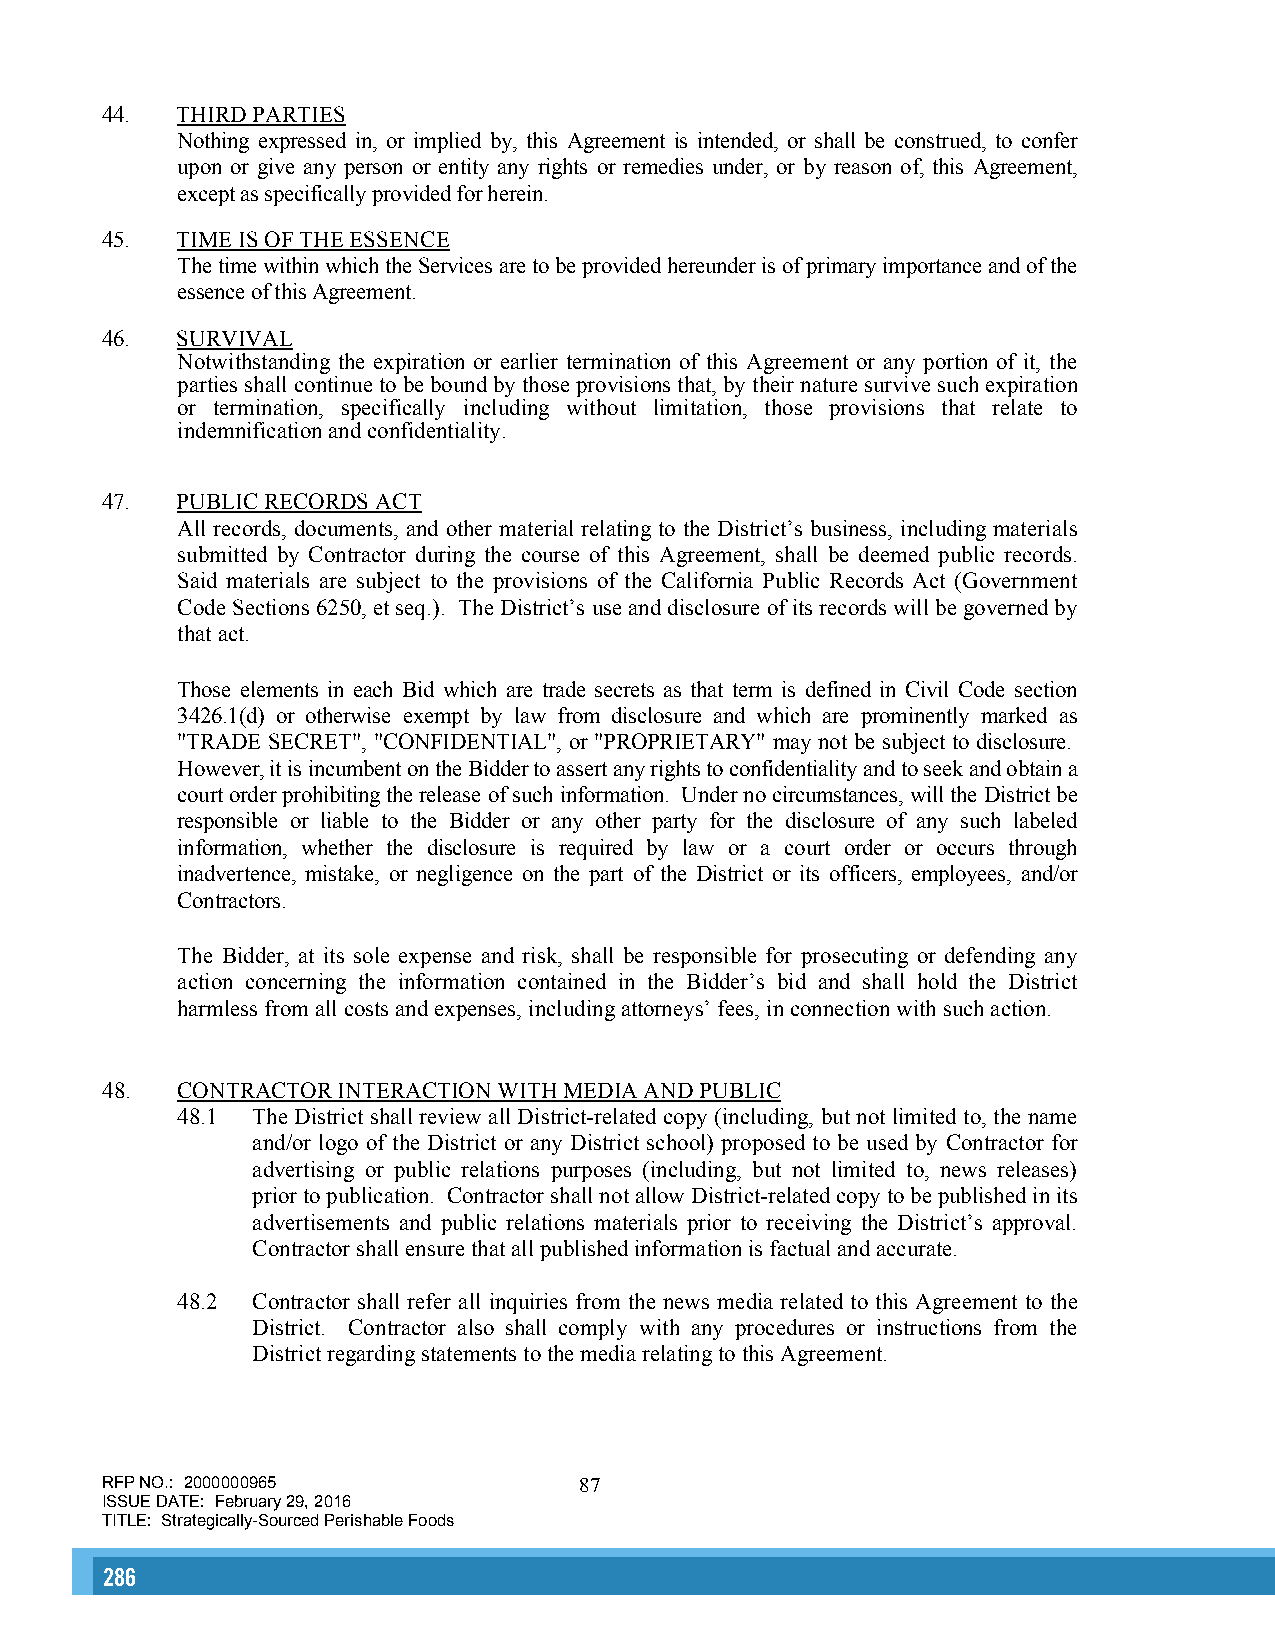
44.  THIRD PARTIES
 Nothing expressed in, or implied by, this Agreement is intended, or shall be construed, to confer
 upon or give any person or entity any rights or remedies under, or by reason of, this Agreement,
 except as specifically provided for herein.
 45.  TIME IS OF THE ESSENCE
 The time within which the Services are to be provided hereunder is of primary importance and of the
 essence of this Agreement.
 46.  SURVIVAL
 Notwithstanding the expiration or earlier termination of this Agreement or any portion of it, the
 parties shall continue to be bound by those provisions that, by their nature survive such expiration
 or termination, specifically including without limitation, those provisions that relate to
 indemnification and confidentiality.
 47.  PUBLIC RECORDS ACT
 All records, documents, and other material relating to the District’s business, including materials
 submitted by Contractor during the course of this Agreement, shall be deemed public records.
 Said materials are subject to the provisions of the California Public Records Act (Government
 Code Sections 6250, et seq.). The District’s use and disclosure of its records will be governed by
 that act.
 Those elements in each Bid which are trade secrets as that term is defined in Civil Code section
 3426.1(d) or otherwise exempt by law from disclosure and which are prominently marked as
 "TRADE SECRET", "CONFIDENTIAL", or "PROPRIETARY" may not be subject to disclosure.
 However, it is incumbent on the Bidder to assert any rights to confidentiality and to seek and obtain a
 court order prohibiting the release of such information. Under no circumstances, will the District be
 responsible or liable to the Bidder or any other party for the disclosure of any such labeled
 information, whether the disclosure is required by law or a court order or occurs through
 inadvertence, mistake, or negligence on the part of the District or its officers, employees, and/or
 Contractors.
 The Bidder, at its sole expense and risk, shall be responsible for prosecuting or defending any
 action concerning the information contained in the Bidder’s bid and shall hold the District
 harmless from all costs and expenses, including attorneys’ fees, in connection with such action.
 48.  CONTRACTOR INTERACTION WITH MEDIA AND PUBLIC
 48.1 The District shall review all District-related copy (including, but not limited to, the name
 and/or logo of the District or any District school) proposed to be used by Contractor for
 advertising or public relations purposes (including, but not limited to, news releases)
 prior to publication. Contractor shall not allow District-related copy to be published in its
 advertisements and public relations materials prior to receiving the District’s approval.
 Contractor shall ensure that all published information is factual and accurate.
 48.2 Contractor shall refer all inquiries from the news media related to this Agreement to the
 District. Contractor also shall comply with any procedures or instructions from the
 District regarding statements to the media relating to this Agreement.
 RFP NO.: 2000000965            87
 ISSUE DATE: February 29, 2016
 TITLE: Strategically-Sourced Perishable Foods
 286                                                                                                                                                      287